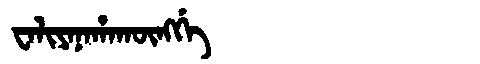
Manchu: ᠸᠠᠯᡳᠶᠠᠨᠠᡥᠠᡴᡡᠩᡤᡝ
Romanization: WALIYANAHAKŪNGGE